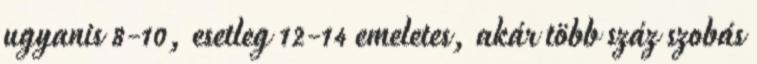
ugyanis 8-10, esetleg 12-14 emeletes, akár több száz szobás